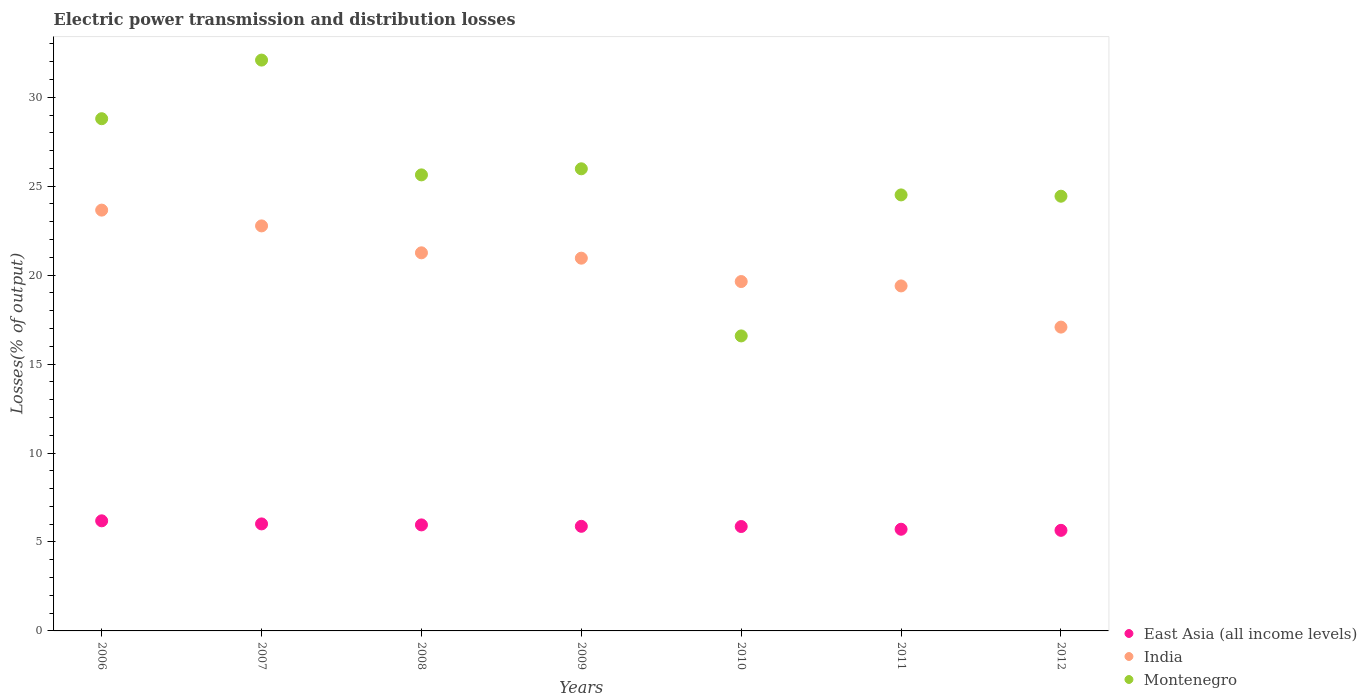
| Years | East Asia (all income levels) | India | Montenegro |
 | --- | --- | --- | --- |
 | 2006 | 6.19 | 23.7 | 28.8 |
 | 2007 | 6.02 | 22.8 | 32.1 |
 | 2008 | 5.96 | 21.3 | 25.6 |
 | 2009 | 5.88 | 21 | 26 |
 | 2010 | 5.87 | 19.6 | 16.6 |
 | 2011 | 5.72 | 19.4 | 24.5 |
 | 2012 | 5.65 | 17.1 | 24.4 |